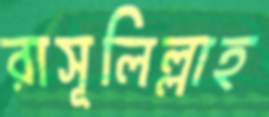
রাসূলিল্লাহ